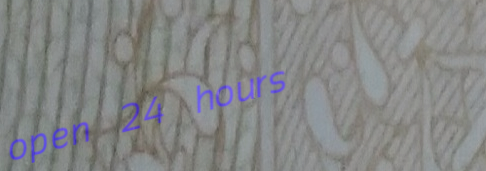
open 24 hours